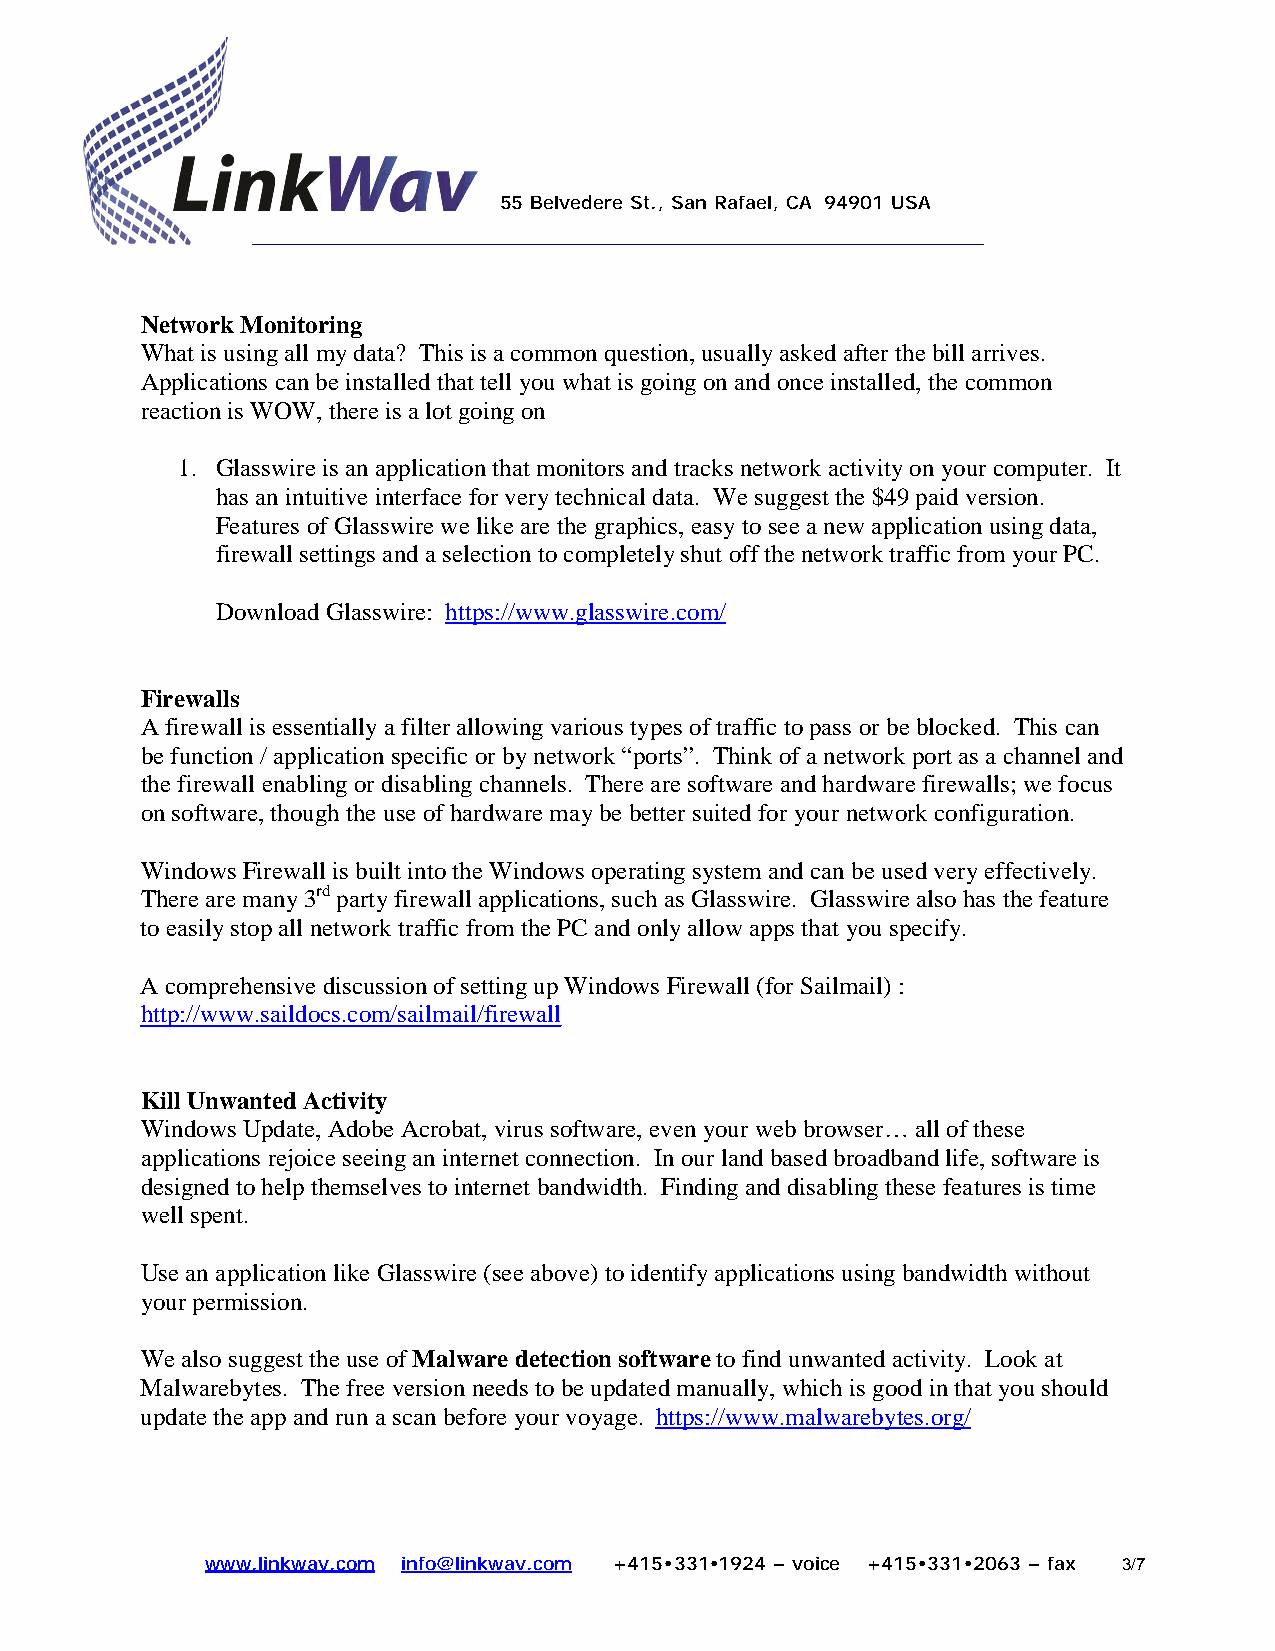
55 Belvedere St., San Rafael, CA 94901 USA
 Network Monitoring
 What is using all my data? This is a common question, usually asked after the bill arrives.
 Applications can be installed that tell you what is going on and once installed, the common
 reaction is WOW, there is a lot going on
 1. Glasswire is an application that monitors and tracks network activity on your computer. It
 has an intuitive interface for very technical data. We suggest the $49 paid version.
 Features of Glasswire we like are the graphics, easy to see a new application using data,
 firewall settings and a selection to completely shut off the network traffic from your PC.
 Download Glasswire: https://www.glasswire.com/
 Firewalls
 A firewall is essentially a filter allowing various types of traffic to pass or be blocked. This can
 be function / application specific or by network “ports”. Think of a network port as a channel and
 the firewall enabling or disabling channels. There are software and hardware firewalls; we focus
 on software, though the use of hardware may be better suited for your network configuration.
 Windows Firewall is built into the Windows operating system and can be used very effectively.
 There are many 3rd party firewall applications, such as Glasswire. Glasswire also has the feature
 to easily stop all network traffic from the PC and only allow apps that you specify.
 A comprehensive discussion of setting up Windows Firewall (for Sailmail) :
 http://www.saildocs.com/sailmail/firewall
 Kill Unwanted Activity
 Windows Update, Adobe Acrobat, virus software, even your web browser… all of these
 applications rejoice seeing an internet connection. In our land based broadband life, software is
 designed to help themselves to internet bandwidth. Finding and disabling these features is time
 well spent.
 Use an application like Glasswire (see above) to identify applications using bandwidth without
 your permission.
 We also suggest the use of Malware detection software to find unwanted activity. Look at
 Malwarebytes. The free version needs to be updated manually, which is good in that you should
 update the app and run a scan before your voyage. https://www.malwarebytes.org/
 www.linkwav.com info@linkwav.com +415•331•1924 – voice +415•331•2063 – fax 3/7